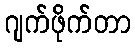
ဂျက်ဖိုက်တာ